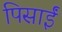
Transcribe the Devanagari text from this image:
पिसाईं